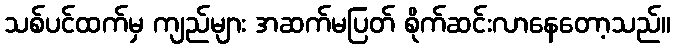
သစ်ပင်ထက်မှ ကျည်များ အဆက်မပြတ် စိုက်ဆင်းလာနေတော့သည်။